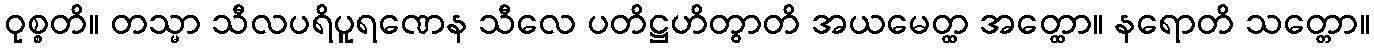
ဝုစ္စတိ။ တသ္မာ သီလပရိပူရဏေန သီလေ ပတိဋ္ဌဟိတွာတိ အယမေတ္ထ အတ္ထော။ နရောတိ သတ္တော။